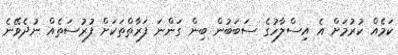
ކަމެއް ކުރުމަށް އެ އިސްލާހުގެ ސަބަބުން ބިން ގަންނަ ފަރާތްތަކަށް ފުރުސަތެއް ނުދެވޭނެ